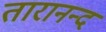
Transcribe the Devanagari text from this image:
तारानन्द